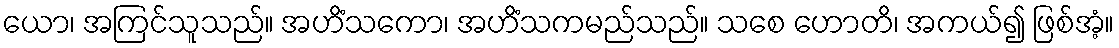
ယော၊ အကြင်သူသည်။ အဟိံသကော၊ အဟိံသကမည်သည်။ သစေ ဟောတိ၊ အကယ်၍ ဖြစ်အံ့။